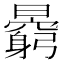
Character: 𣋶